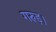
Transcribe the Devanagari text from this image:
गरुड़।